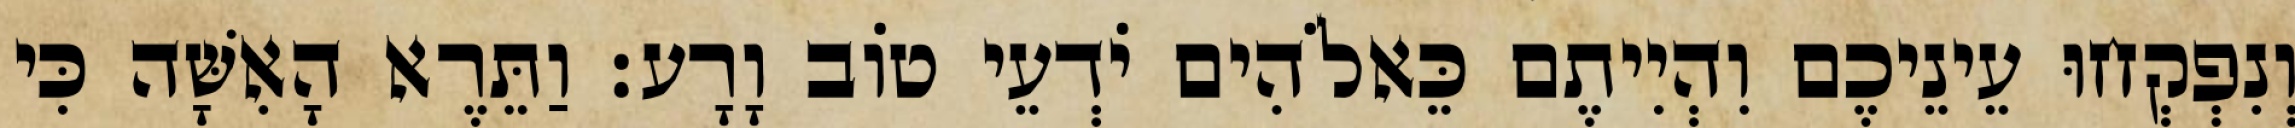
וְנִפְקְחוּ עֵינֵיכֶם וִהְיִיתֶם כֵּאלֹהִים יֹדְעֵי טֹוב וָרָע׃ וַתֵּרֶא הָאִשָּׁה כִּי